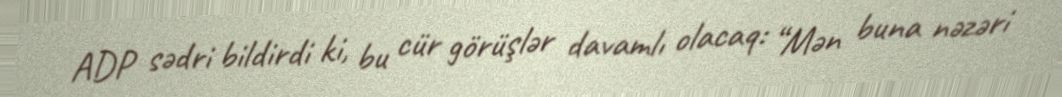
ADP sədri bildirdi ki, bu cür görüşlər davamlı olacaq: “Mən buna nəzəri